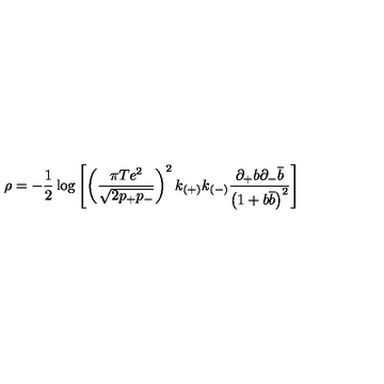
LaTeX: \rho = - \frac { 1 } { 2 } \log \left[ \left( \frac { \pi T e ^ { 2 } } { \sqrt { 2 p _ { + } p _ { - } } } \right) ^ { 2 } k _ { ( + ) } k _ { ( - ) } \frac { \partial _ { + } b \partial _ { - } \overline { { b } } } { \left( 1 + b \overline { { b } } \right) ^ { 2 } } \right]